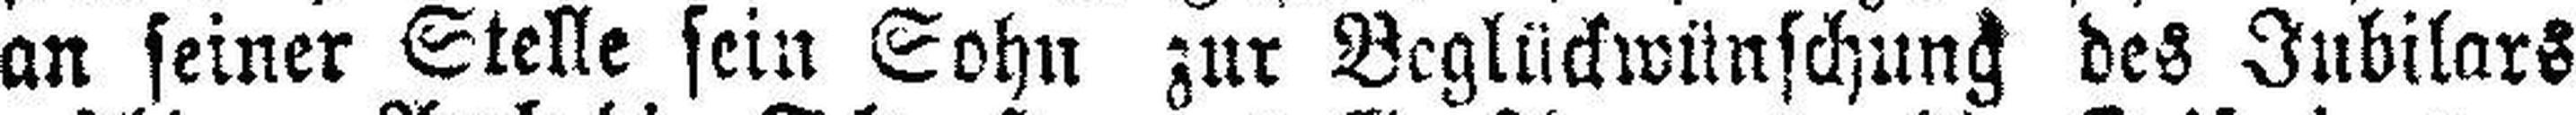
an seiner Stelle sein Sohn zur Beglückwünschung des Jubilars